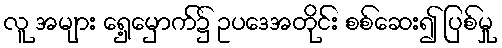
လူ အများ ရှေ့မှောက်၌ ဥပဒေအတိုင်း စစ်ဆေး၍ ပြစ်မှု